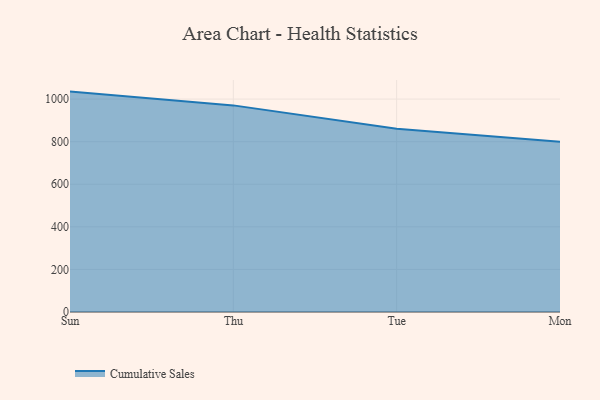
{"axis": {"x": "Day", "y": "Conversion Rate (%)"}, "legend": ["Cumulative Sales"], "data": [{"x": "Sun", "y": 1035.2, "type": "Cumulative Sales"}, {"x": "Thu", "y": 970.5, "type": "Cumulative Sales"}, {"x": "Tue", "y": 860.8, "type": "Cumulative Sales"}, {"x": "Mon", "y": 800, "type": "Cumulative Sales"}]}